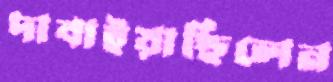
দাবাইয়াছিলেন